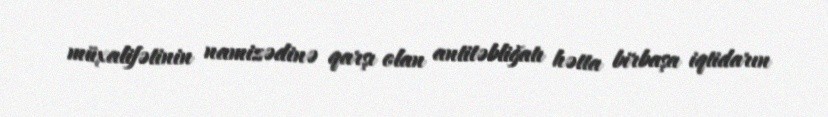
müxalifətinin namizədinə qarşı olan antitəbliğatı hətta birbaşa iqtidarın